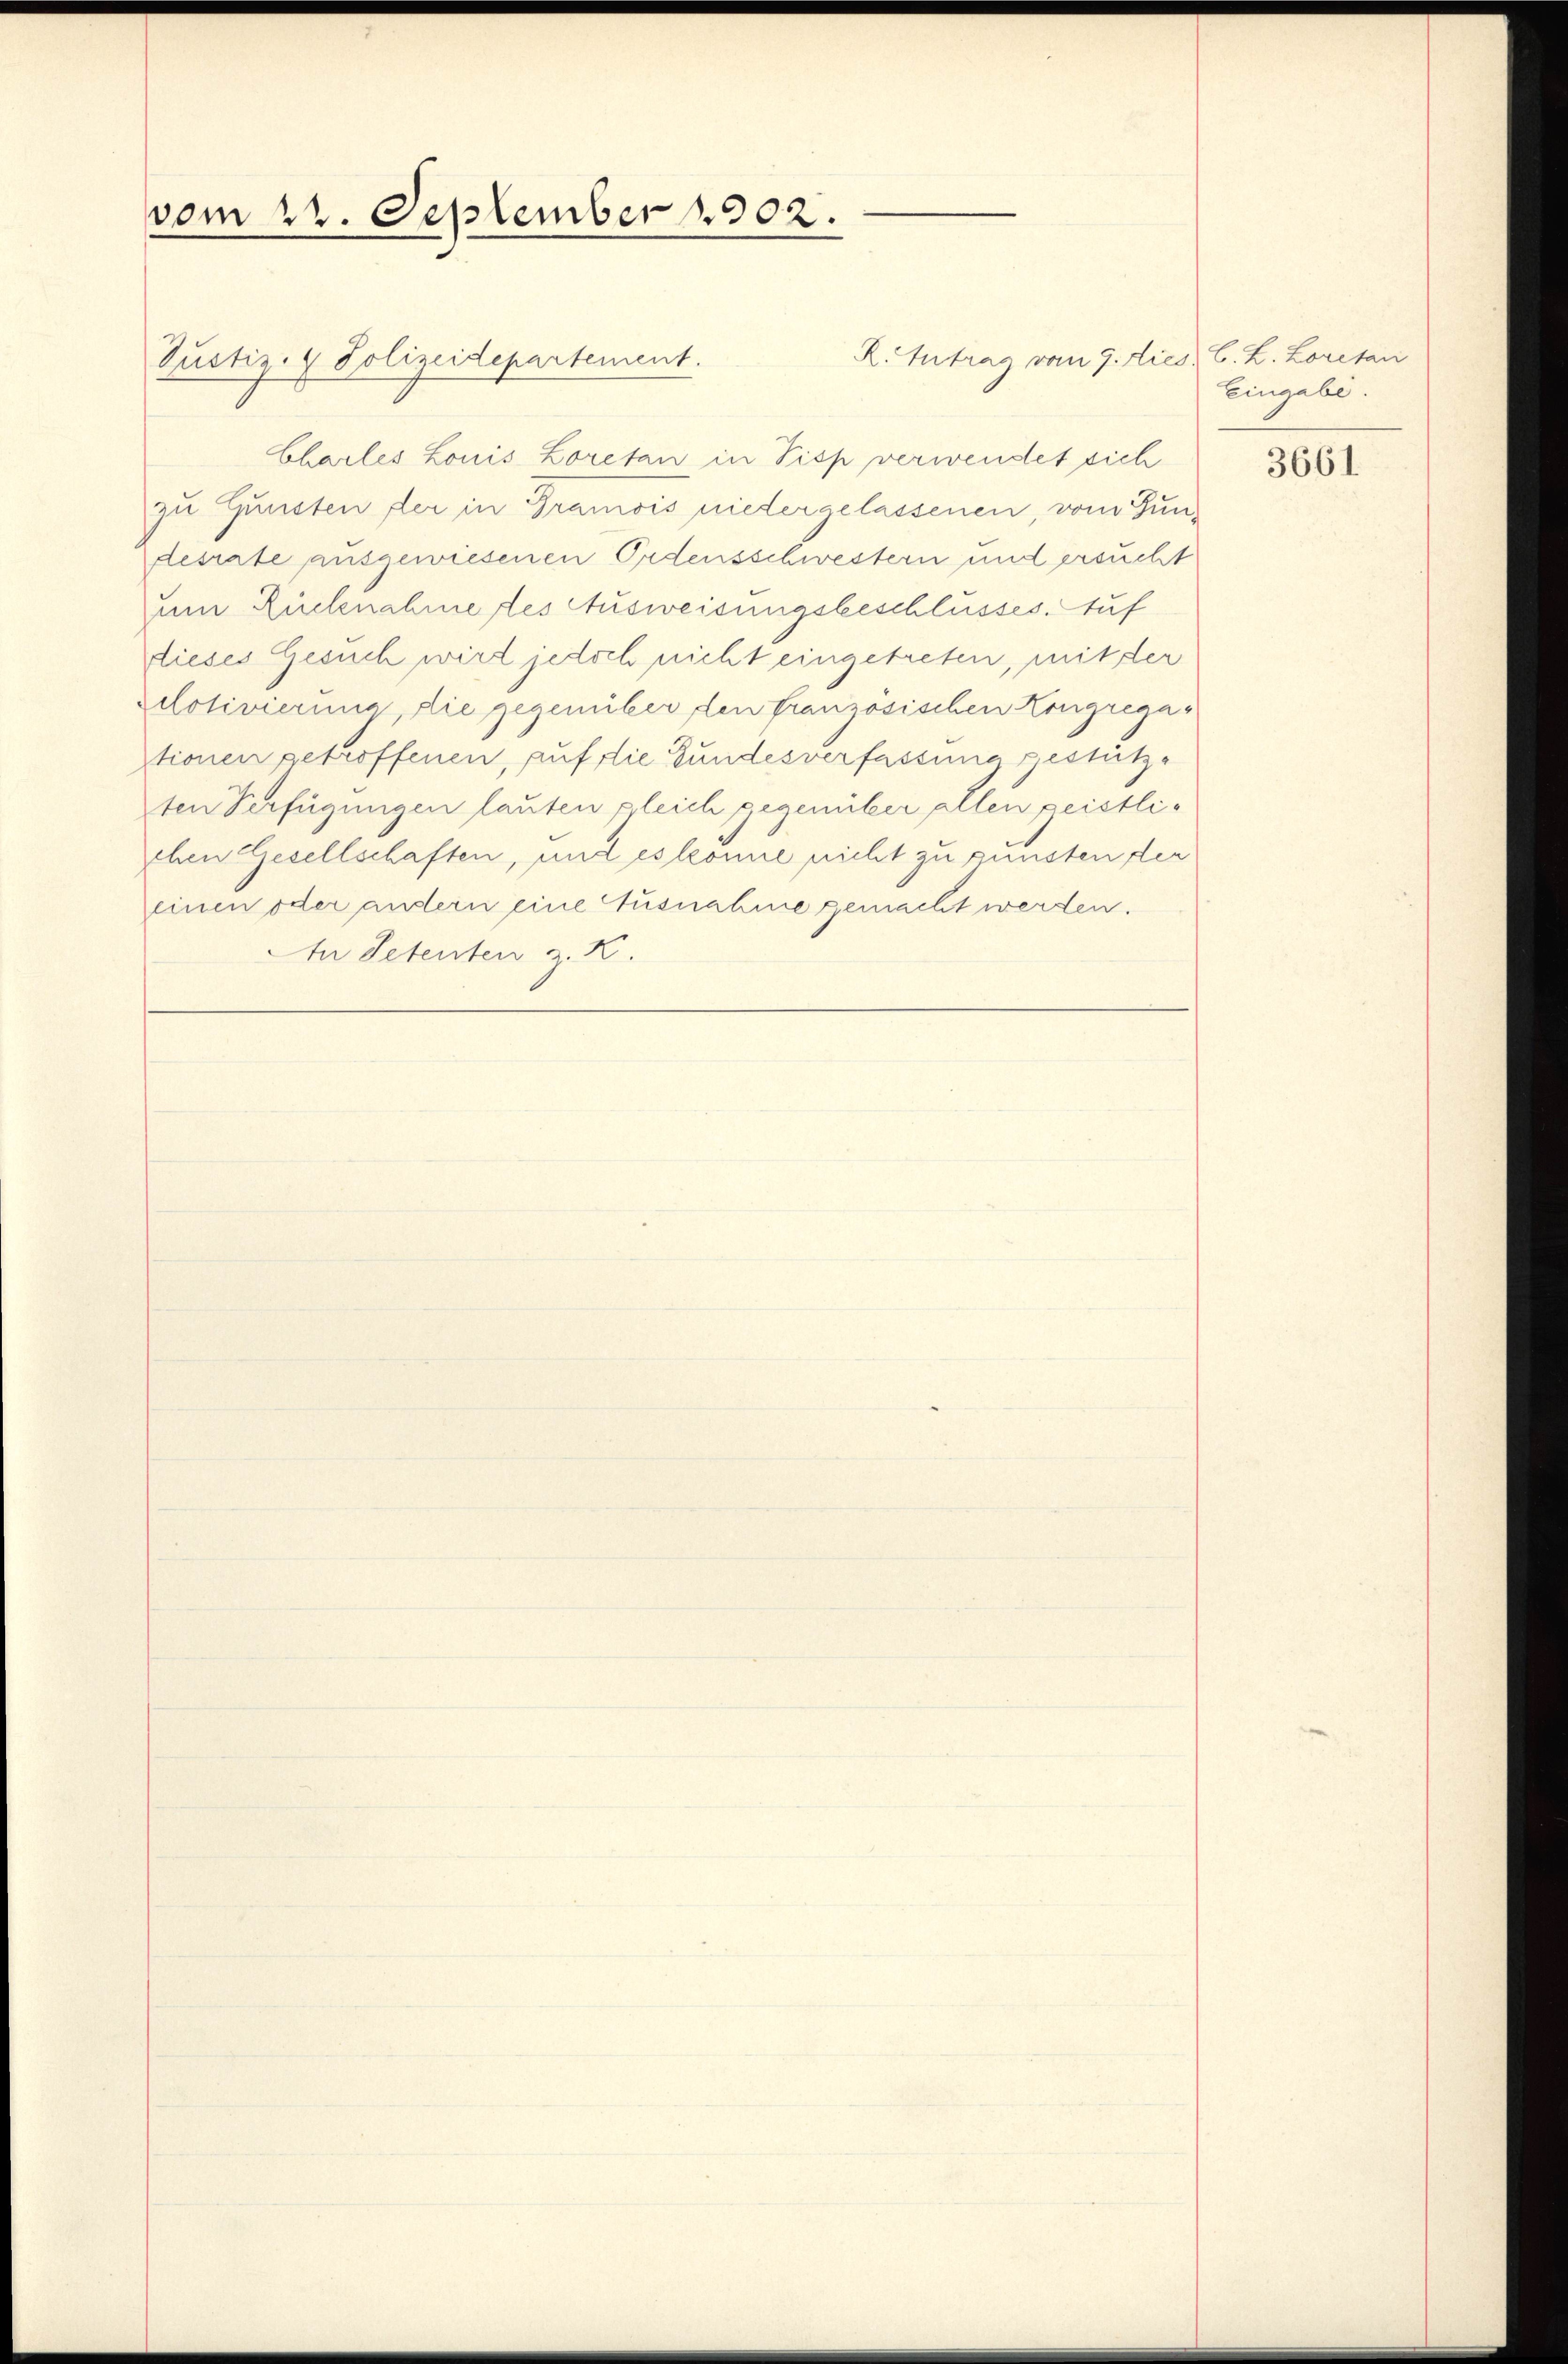
vom 22. September 1902.

R.Intrag vom 9. Died. C. L. Loretan
Charles Louis Loretan in Pisp verwendet sich
zu Gunsten der in Gramois niedergelassenen, vom Jundesrate ausgewiesenen Ordensschwestern und ersucht
um Rücknahme des Ausweisungsbeschlüsses. Auf
dieses Gesuch wird jedoch nicht eingetreten, mit der
otivierung die gegenüber den französischen Kongregationen getroffenen, auf die Bundesverfassung gestützten Verfügungen lauten gleich gegenüber allen geistlichen Gesellschaften, und es könne nicht zu gunsten der
einen oder andern eine Ausnahme gemacht werden.
te Petenten z. K.

Justiz- & Polizeidepartement.

Eingabe.

3661